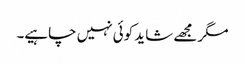
مگر مجھے شاید کوئی نہیں چاہیے۔